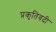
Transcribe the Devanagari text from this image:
प्रकृतिवदी